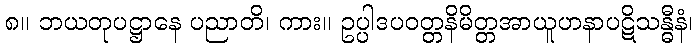
၈။ ဘယတုပဋ္ဌာနေ ပညာတိ၊ ကား။ ဥပ္ပါဒပဝတ္တနိမိတ္တအာယူဟနာပဋိသန္ဓီနံ၊